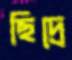
ছিদ্রে